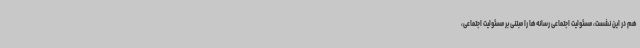
هم در این نشست، مسئولیت اجتماعی رسانه‌ها را مبتنی بر مسئولیت اجتماعی،